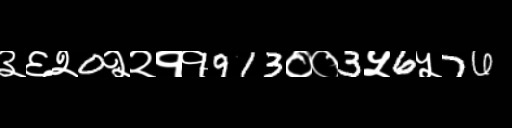
Text: ३६२0२२११913००3५6५76